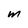
Character: m